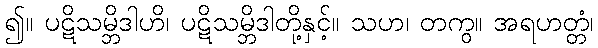
၍။ ပဋိသမ္ဘိဒါဟိ၊ ပဋိသမ္ဘိဒါတို့နှင့်။ သဟ၊ တကွ။ အရဟတ္တံ၊